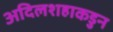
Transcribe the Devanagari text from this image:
अदिलशहाकडुन